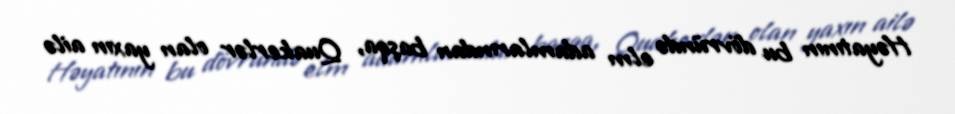
Həyatının bu dövründə elm adamlarından başqa, Quakerlər olan yaxın ailə